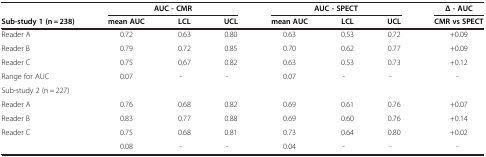
<table><thead><tr><td><b> </b></td><td colspan="3"><b>AUC - CMR</b></td><td colspan="3"><b>AUC - SPECT</b></td><td><b>Δ - AUC</b></td></tr><tr><td><b>Sub-study 1 (n = 238)</b></td><td><b>mean AUC</b></td><td><b>LCL</b></td><td><b>UCL</b></td><td><b>mean AUC</b></td><td><b>LCL</b></td><td><b>UCL</b></td><td><b>CMR vs SPECT</b></td></tr></thead><tbody><tr><td>Reader A</td><td>0.72</td><td>0.63</td><td>0.80</td><td>0.63</td><td>0.53</td><td>0.72</td><td>+0.09</td></tr><tr><td>Reader B</td><td>0.79</td><td>0.72</td><td>0.85</td><td>0.70</td><td>0.62</td><td>0.77</td><td>+0.09</td></tr><tr><td>Reader C</td><td>0.75</td><td>0.67</td><td>0.82</td><td>0.63</td><td>0.53</td><td>0.73</td><td>+0.12</td></tr><tr><td>Range for AUC</td><td>0.07</td><td>-</td><td>-</td><td>0.07</td><td>-</td><td>-</td><td>-</td></tr><tr><td colspan="8">Sub-study 2 (n = 227)</td></tr><tr><td>Reader A</td><td>0.76</td><td>0.68</td><td>0.82</td><td>0.69</td><td>0.61</td><td>0.76</td><td>+0.07</td></tr><tr><td>Reader B</td><td>0.83</td><td>0.77</td><td>0.88</td><td>0.69</td><td>0.60</td><td>0.76</td><td>+0.14</td></tr><tr><td>Reader C</td><td>0.75</td><td>0.68</td><td>0.81</td><td>0.73</td><td>0.64</td><td>0.80</td><td>+0.02</td></tr><tr><td> </td><td>0.08</td><td>-</td><td>-</td><td>0.04</td><td>-</td><td>-</td><td>-</td></tr></tbody></table>